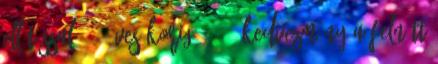
ellátással 4-8 éves korig: 30 % kedvezmény a felnőtt